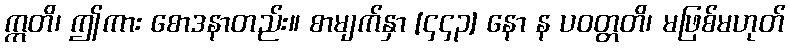
ဣတိ၊ ဤကား စောဒနာတည်း။ စာမျက်နှာ [၄၄၃] နော န ပဝတ္တတိ၊ မဖြစ်မဟုတ်